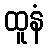
ထူနံ